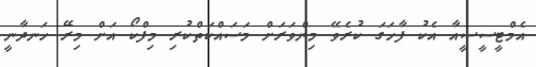
އެމްޓީސީސީއާ އެކު ފާހަގަ ކުރެވޭ މިންވަރަށް މަސައްކަތްކުރި މިފްކޯޯ އަށް މިރޭ ހަނދާނީ